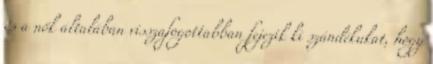
és a nők általában visszafogottabban fejezik ki szándékukat, hogy